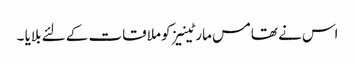
اس نے تھامس مارٹینیز کو ملاقات کے لئے بلایا ۔